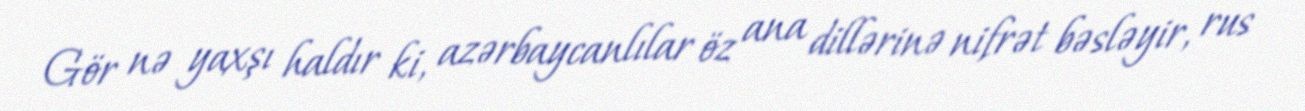
Gör nə yaxşı haldır ki, azərbaycanlılar öz ana dillərinə nifrət bəsləyir, rus